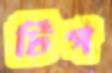
টিপ